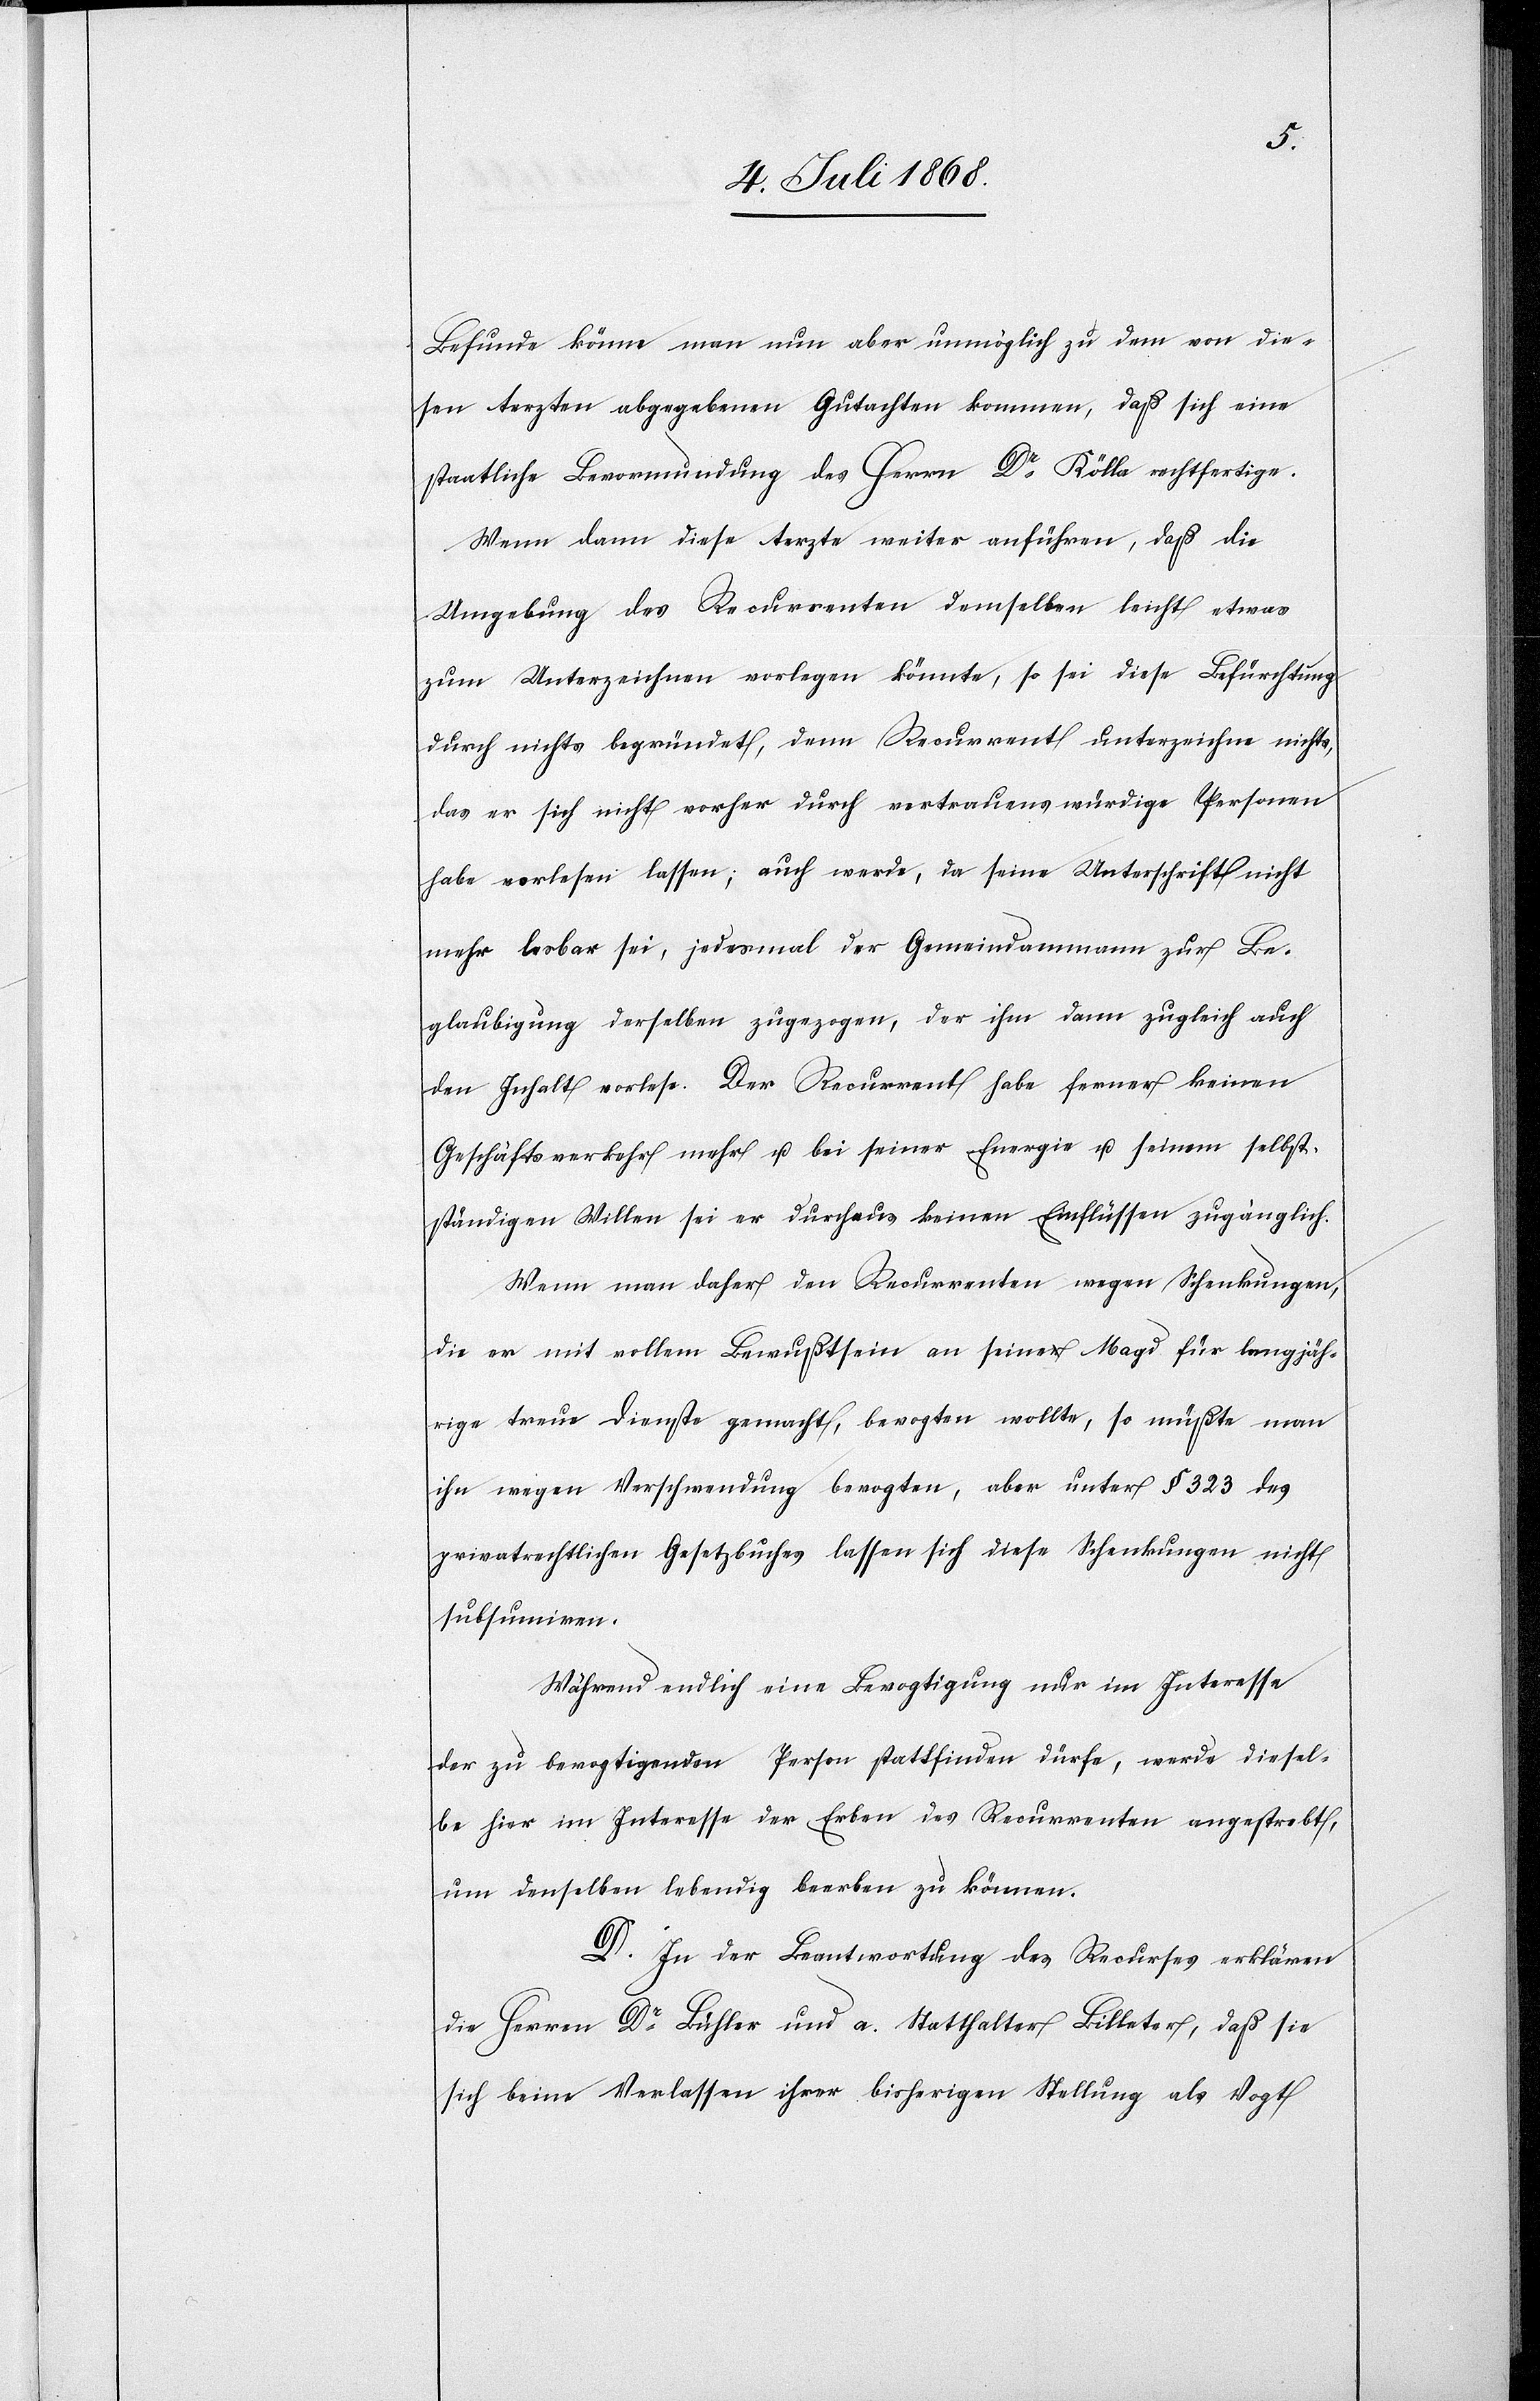
Befunde könne man nun aber unmöglich zu dem von die¬
sen Aerzten abgegebenen Gutachten kommen, daß sich eine
staatliche Bevormundung des Herrn Dr Kölla rechtfertige.
Wenn dann diese Aerzte weiter anführen, daß die
Umgebung des Recurrenten demselben leicht etwas
zum Unterzeichnen vorlegen könnte, so sei diese Befürchtung
durch nichts begründet, denn Recurrent unterzeichne nichts,
das er sich nicht vorher durch vertrauenswürdige Personen
habe vorlesen lassen; auch werde, da seine Unterschrift nicht
mehr lesbar sei, jedesmal der Gemeindammann zur Be¬
glaubigung derselben zugezogen, der ihm dann zugleich auch
den Inhalt vorlese. Der Recurrent habe ferner keinen
Geschäftsverkehr mehr u. bei seiner Energie u. seinem selbst¬
ständigen Willen sei er durchaus keinen Einflüssen zugänglich.
Wenn man daher den Recurrenten wegen Schenkungen,
die er mit vollem Bewußtsein an seine Magd für langjäh¬
rige treue Dienste gemacht, bevogten wollte, so müßte man
ihn wegen Verschwendung bevogten, aber unter § 323 des
privatrechtlichen Gesetzbuches lassen sich diese Schenkungen nicht
subsumiren.
Während endlich eine Bevogtigung nur im Interesse
der zu bevogtigenden Person stattfinden dürfe, werde diesel¬
be hier im Interesse der Erben des Recurrenten angestrebt,
um denselben lebendig beerben zu können.
D. In der Beantwortung des Recurses erklären
die Herren Dr Bühler und a. Statthalter Billeter, daß sie
sich beim Verlassen ihrer bisherigen Stellung als Vogt